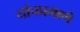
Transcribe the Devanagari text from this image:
यांचप्रमाणे